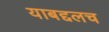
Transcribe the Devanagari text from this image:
याबद्दलच